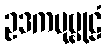
ဥဒကပုဗ္ဗုဠံ